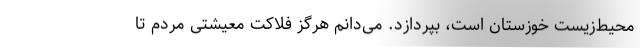
محیط‌زیست خوزستان است، بپردازد. می‌دانم هرگز فلاکت معیشتی مردم تا